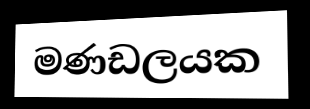
මණඩලයක